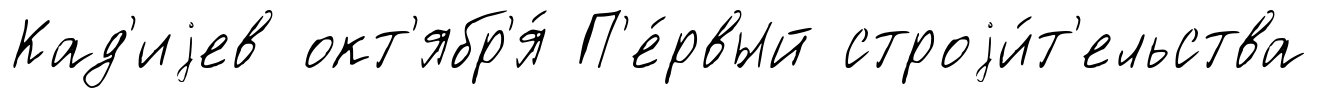
Кад'иjев окт'ябр'я́ П'е́рвый строjи́т'ельства